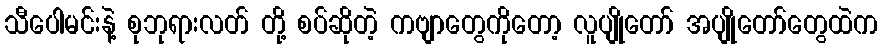
သီပေါမင်းနဲ့ စုဘုရားလတ် တို့ စပ်ဆိုတဲ့ ကဗျာတွေကိုတော့ လူပျိုတော် အပျိုတော်တွေထဲက